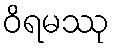
ဝိရမဿု